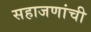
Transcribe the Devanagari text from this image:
सहाजणांची